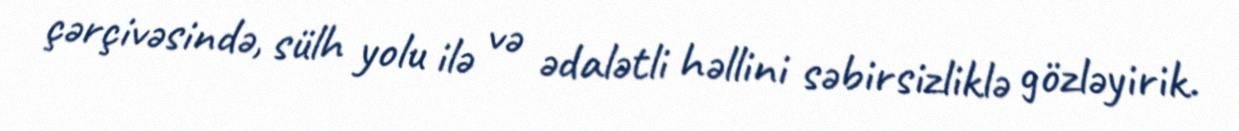
çərçivəsində, sülh yolu ilə və ədalətli həllini səbirsizliklə gözləyirik.